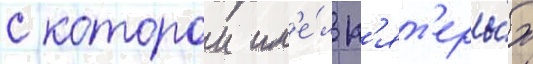
с которои им'е́л п'ят'еры́х